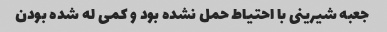
جعبه شیرینی با احتیاط حمل نشده بود و کمی له شده بودن